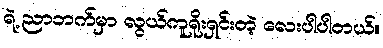
ရဲ့ ညာဘက်မှာ လွယ်ကူရိုးရှင်းတဲ့ လေးပါပါတယ်။